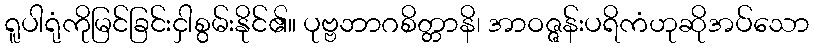
ရူပါရုံကိုမြင်ခြင်းငှါစွမ်းနိုင်၏။ ပုဗ္ဗဘာဂစိတ္တာနိ၊ အာဝဇ္ဇန်းပရိကံဟုဆိုအပ်သော